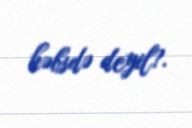
həbsdə deyil?.